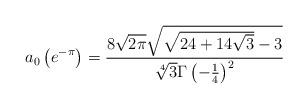
LaTeX: \begin{align*}a_0\left(e^{-\pi}\right)=\frac{8 \sqrt{2 \pi} \sqrt{\sqrt{24+14 \sqrt{3}}-3}}{\sqrt[4]{3} \Gamma \left(-\frac{1}{4}\right)^2}\end{align*}